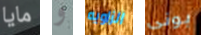
مايا و الزاويه بونى